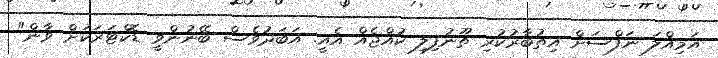
އަމިއްލަ ނަފްސަށް އިތުބާރުކުރި ތޫނުފިލި ކުއްޖެއް އެއީ. އަބަދުވެސް ބޭނުންވީ ޑޮކްޓަރަކަށް ވާން"